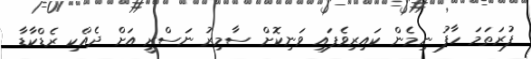
ފުރަތަމަ ހާފު ނިމެން ކައިރިވެފައި ވަނިކޮށް ސާމިރު ނަސްރީ އަށް ދެއްކި ރެޑްކާޑާ